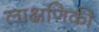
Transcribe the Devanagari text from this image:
लाक्षणिकी